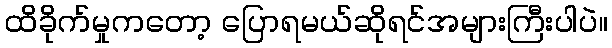
ထိခိုက်မှုကတော့ ပြောရမယ်ဆိုရင်အများကြီးပါပဲ။